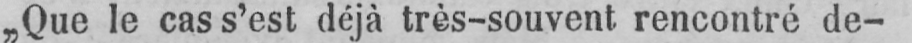
„Que le cas s’est déjà très-souvent rencontré de-